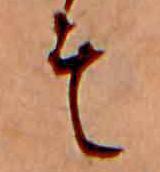
そ